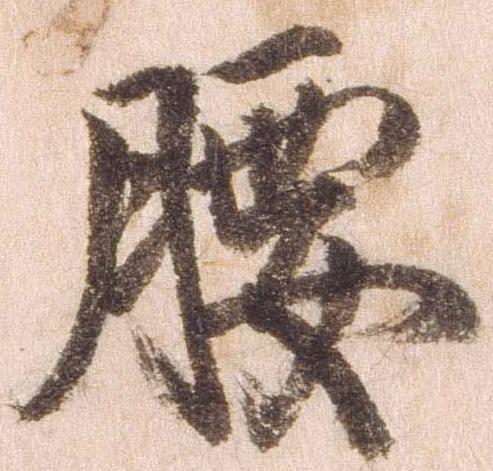
腰